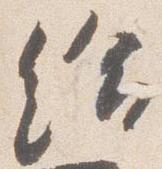
給